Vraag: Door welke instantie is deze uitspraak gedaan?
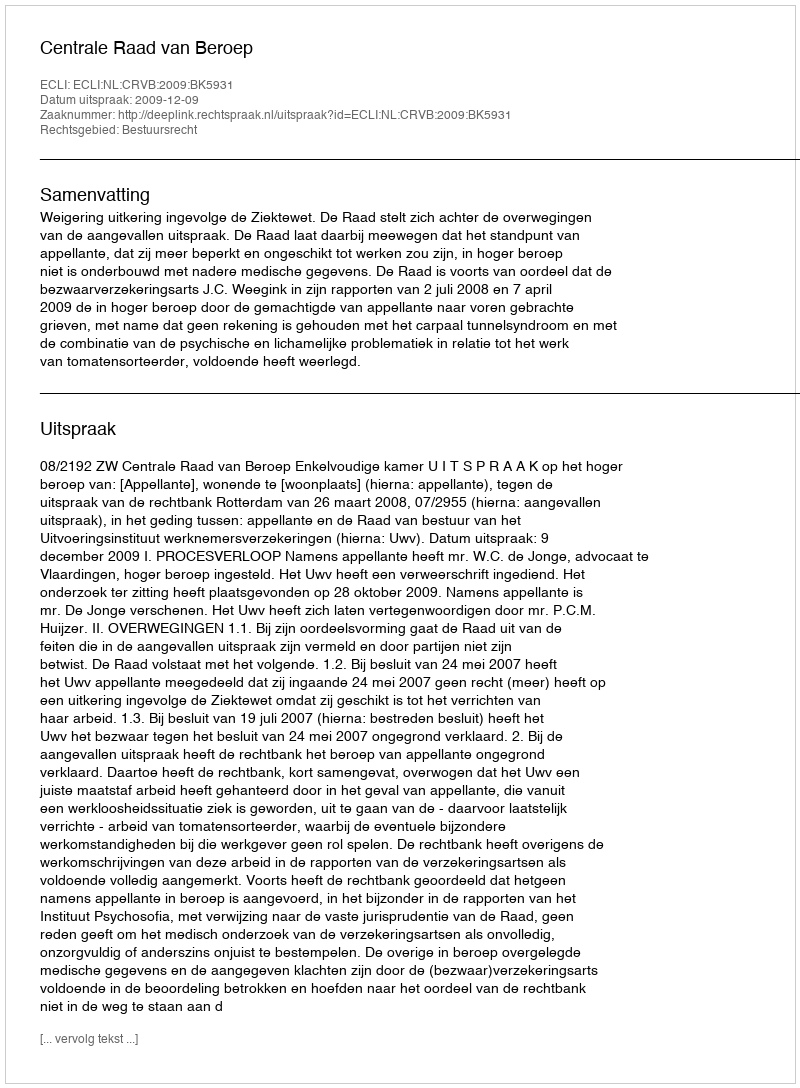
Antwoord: Centrale Raad van Beroep